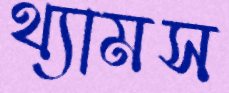
থ্যামস